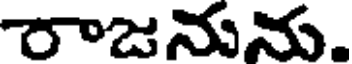
రాజనును.